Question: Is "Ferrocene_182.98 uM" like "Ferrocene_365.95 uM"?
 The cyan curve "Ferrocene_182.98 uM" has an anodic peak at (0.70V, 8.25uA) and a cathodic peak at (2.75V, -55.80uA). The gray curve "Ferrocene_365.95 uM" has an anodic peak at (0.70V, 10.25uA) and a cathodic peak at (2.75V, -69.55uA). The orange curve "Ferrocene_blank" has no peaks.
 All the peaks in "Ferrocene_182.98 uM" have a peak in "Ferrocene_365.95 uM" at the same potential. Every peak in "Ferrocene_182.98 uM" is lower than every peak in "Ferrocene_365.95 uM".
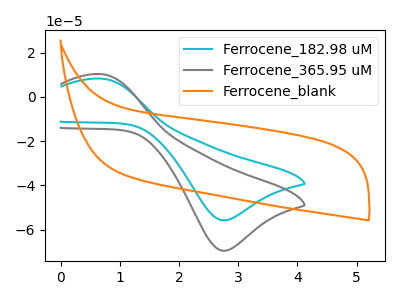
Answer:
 <answer>"Ferrocene_182.98 uM" and "Ferrocene_365.95 uM" are similar in shape.</answer>
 <eval>same_shape</eval>